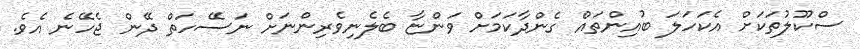
ސްކޫލުތަކަށް އެކަހަލަ ބުއިންތައް ގެންދާކަމަށް ވަންޏާ ބެލެނިވެރިންނަށް ނަސޭހަތް ދޭން ޖެހޭނެ އެވެ.